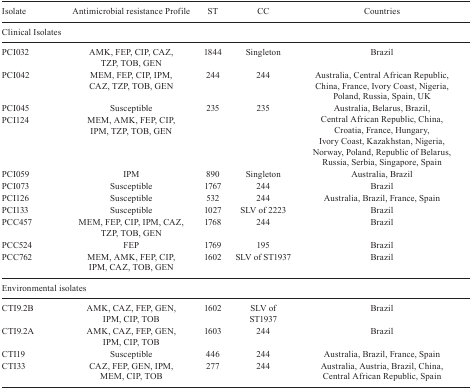
<table><thead><tr><td><b>Isolate</b></td><td><b>Antimicrobialresistance Profile</b></td><td><b>ST</b></td><td><b>CC</b></td><td><b>Countries</b></td></tr></thead><tbody><tr><td colspan="5">Clinical Isolates</td></tr><tr><td>PCI032</td><td>AMK, FEP, CIP, CAZ, TZP, TOB,GEN</td><td>1844</td><td>Singleton</td><td>Brazil</td></tr><tr><td>PCI042</td><td>MEM, FEP, CIP, IPM, CAZ, TZP,TOB, GEN</td><td>244</td><td>244</td><td>Australia, Central AfricanRepublic, China, France, Ivory Coast, Nigeria, Poland, Russia, Spain,UK</td></tr><tr><td>PCI045</td><td>Susceptible</td><td rowspan="2">235</td><td rowspan="2">235</td><td rowspan="2">Australia, Belarus, Brazil,Central African Republic, China, Croatia, France, Hungary, Ivory Coast,Kazakhstan, Nigeria, Norway, Poland, Republic of Belarus, Russia, Serbia,Singapore, Spain</td></tr><tr><td>PCI124</td><td>MEM, AMK, FEP, CIP, IPM, TZP,TOB, GEN</td></tr><tr><td>PCI059</td><td>IPM</td><td>890</td><td>Singleton</td><td>Australia, Brazil</td></tr><tr><td>PCI073</td><td>Susceptible</td><td>1767</td><td>244</td><td>Brazil</td></tr><tr><td>PCI126</td><td>Susceptible</td><td>532</td><td>244</td><td>Australia, Brazil, France,Spain</td></tr><tr><td>PCI133</td><td>Susceptible</td><td>1027</td><td>SLV of 2223</td><td>Brazil</td></tr><tr><td>PCC457</td><td>MEM, FEP, CIP, IPM, CAZ, TZP,TOB, GEN</td><td>1768</td><td>244</td><td>Brazil</td></tr><tr><td>PCC524</td><td>FEP</td><td>1769</td><td>195</td><td>Brazil</td></tr><tr><td>PCC762</td><td>MEM, AMK, FEP, CIP, IPM, CAZ,TOB, GEN</td><td>1602</td><td>SLV of ST1937</td><td>Brazil</td></tr><tr><td colspan="5">Environmental isolates</td></tr><tr><td>CTI9.2B</td><td>AMK, CAZ, FEP, GEN, IPM, CIP,TOB</td><td>1602</td><td>SLV of ST1937</td><td>Brazil</td></tr><tr><td>CTI9.2A</td><td>AMK, CAZ, FEP, GEN, IPM, CIP,TOB</td><td>1603</td><td>244</td><td>Brazil</td></tr><tr><td>CTI19</td><td>Susceptible</td><td>446</td><td>244</td><td>Australia, Brazil, France,Spain</td></tr><tr><td>CTI33</td><td>CAZ, FEP, GEN, IPM, MEM, CIP,TOB</td><td>277</td><td>244</td><td>Australia, Austria, Brazil,China, Central African Republic, Spain</td></tr></tbody></table>